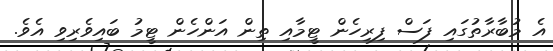
އެ މުބާރާތުގައި ފަސް ފިރިހެން ޓީމާއި ތިން އަންހެން ޓީމު ބައިވެރިވި އެވެ.